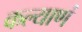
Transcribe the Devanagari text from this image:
कल्याणं